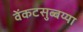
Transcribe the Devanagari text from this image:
वेंकटसुब्बय्या